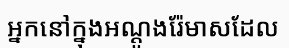
អ្នកនៅក្នុងអណ្តូងរ៉ែមាសដែល